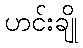
ဟင်းချို